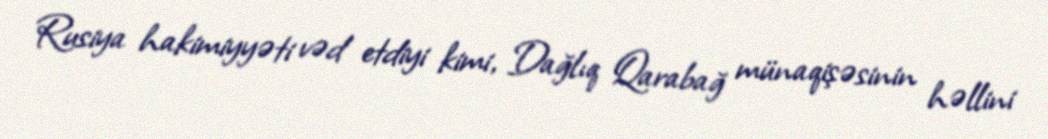
Rusiya hakimiyyəti vəd etdiyi kimi, Dağlıq Qarabağ münaqişəsinin həllini